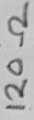
Text: 120Ω